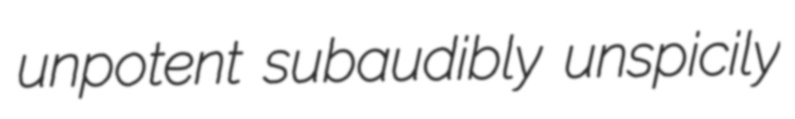
unpotent subaudibly unspicily